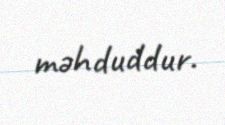
məhduddur.